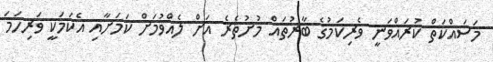
މަސައްކަތް ކުރައްވަނީ ވެރިކަމުގެ ބާރުތައް މުށުތެރެ އަށް ލެއްވުމަށް ކަމަށާއި އެކަމަކީ ވަރިހަމަ